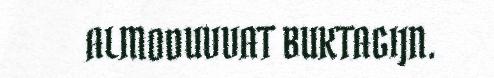
ALMODUVVAT BUKTAGIJN.